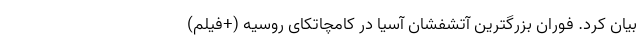
بیان کرد. فوران بزرگترین آتشفشان آسیا در کامچاتکای روسیه (+فیلم)